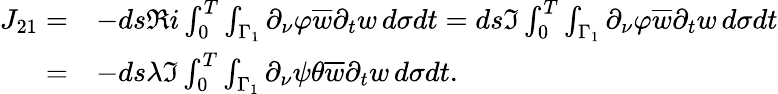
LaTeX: \begin{array}{rl}{J_{21}=}&{-ds\Re i\int_{0}^{T}\int_{\Gamma_{1}}\partial_{\nu}\varphi\overline{{w}}\partial_{t}w\, d\sigma dt=ds\Im\int_{0}^{T}\int_{\Gamma_{1}}\partial_{\nu}\varphi\overline{{w}}\partial_{t}w\, d\sigma dt}\\ {=}&{-ds\lambda\Im\int_{0}^{T}\int_{\Gamma_{1}}\partial_{\nu}\psi\theta\overline{{w}}\partial_{t}w\, d\sigma dt.}\end{array}